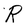
Character: R